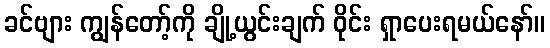
ခင်ဗျား ကျွန်တော့်ကို ချို့ယွင်းချက် ဝိုင်း ရှာပေးရမယ်နော်။